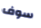
سوف